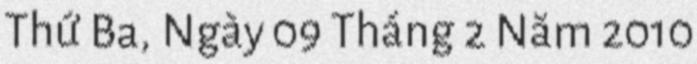
Thứ Ba, Ngày 09 Tháng 2 Năm 2010